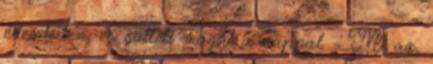
édesdeden, és sütteti magát a nappal. - Mi az,